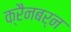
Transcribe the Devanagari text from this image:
क्रैनबर्न